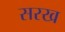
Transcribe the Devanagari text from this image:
सरख